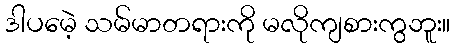
ဒါပမေဲ့ သမ်မာတရားကို မလိုကျစားကွဘူး။